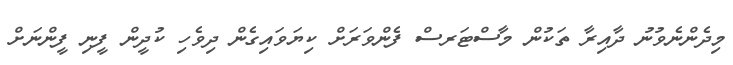
މިދެންނެވުނު ދާއިރާ ތަކުން މާސްޓަރސް ފެންވަރަށް ކިޔަވައިގެން ދިވެހި ކުދީން ފީނި ފީންނަށް